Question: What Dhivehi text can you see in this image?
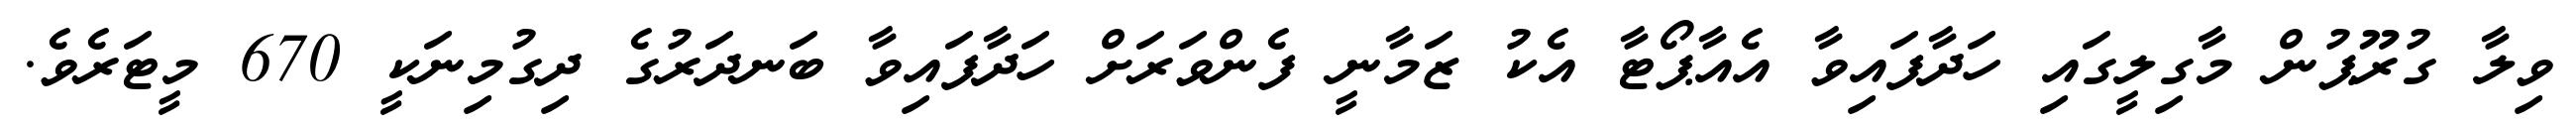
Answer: ވިލާ ގުރޫޕުން މާގިލީގައި ހަދާފައިވާ އެއާޕޯޓާ އެކު ޒަމާނީ ފެންވަރަށް ހަދާފައިވާ ބަނދަރުގެ ދިގުމިނަކީ 670 މީޓަރެވެ.